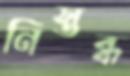
নিস্তব্ধ